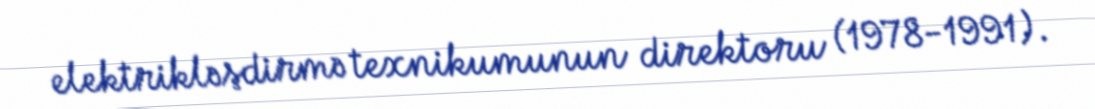
elektrikləşdirmə texnikumunun direktoru (1978-1991).